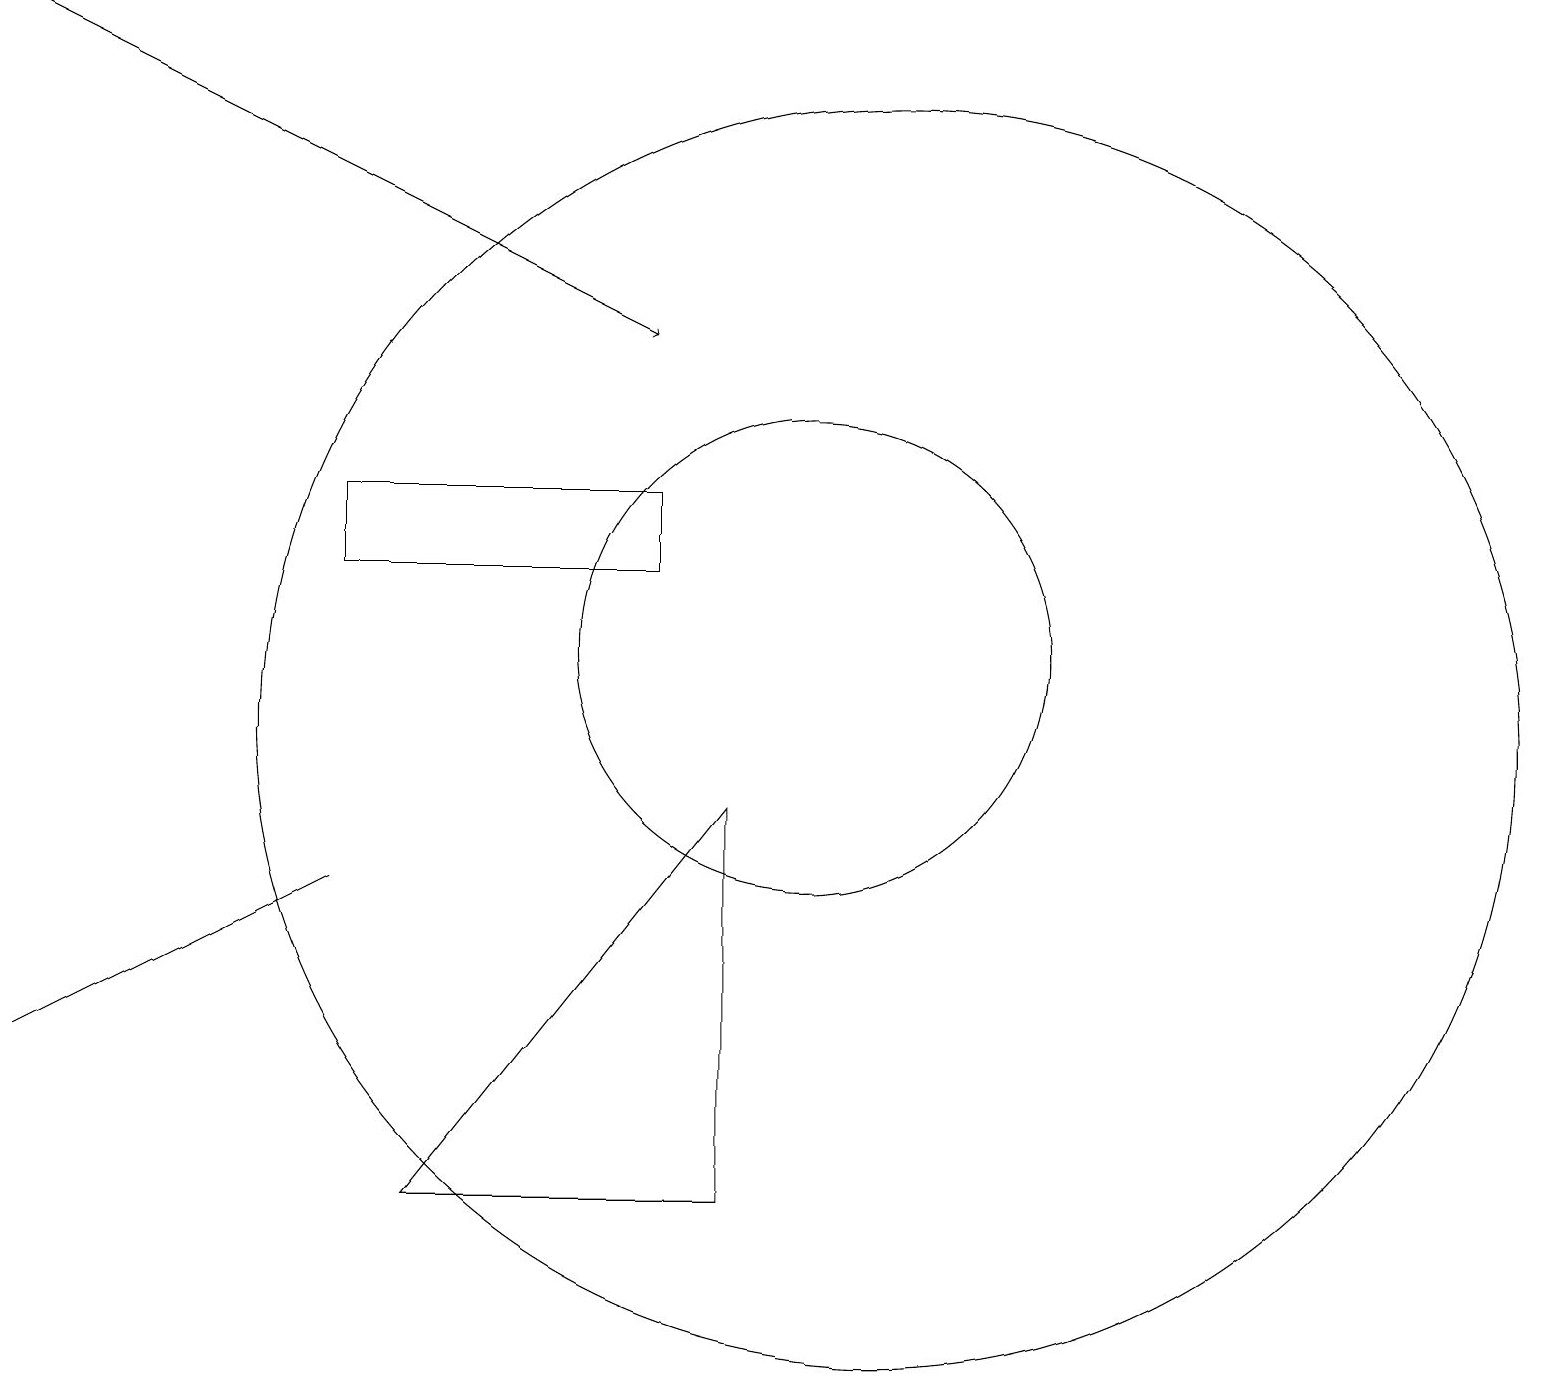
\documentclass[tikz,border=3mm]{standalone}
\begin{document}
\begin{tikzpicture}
\draw (8,13) rectangle (4,12);
\draw (4,8) -- (0,6) -- (2,7) -- cycle;
\draw (10,11) circle (3);
\draw[->] (0,19) -- (8,15);
\draw (5,4) -- (9,4) -- (9,9) -- cycle;
\draw (11,10) circle (8);
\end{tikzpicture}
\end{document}